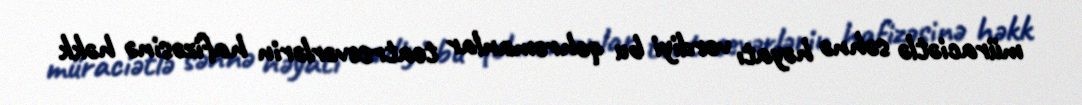
müraciətlə səhnə həyatı verdiyi bu qəhrəmanlar teatrsevərlərin hafizəsinə həkk